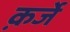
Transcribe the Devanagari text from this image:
क़र्जे